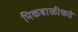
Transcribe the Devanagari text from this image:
भिकबाळीकडे